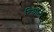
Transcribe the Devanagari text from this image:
रियाभी